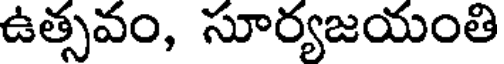
ఉత్సవం, సూర్యజయంతి